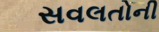
સવલતોની